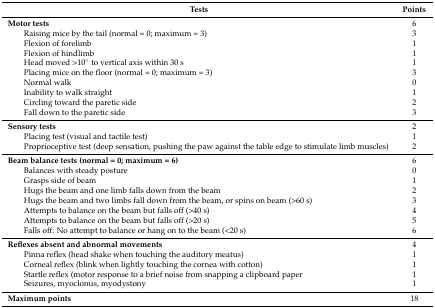
<table><thead><tr><td><b>Tests</b></td><td><b>Points</b></td></tr></thead><tbody><tr><td><b>Motor tests</b></td><td>6</td></tr><tr><td>Raising mice by the tail (normal = 0; maximum = 3)</td><td>3</td></tr><tr><td>Flexion of forelimb</td><td>1</td></tr><tr><td>Flexion of hindlimb</td><td>1</td></tr><tr><td>Head moved &gt;10° to vertical axis within 30 s</td><td>1</td></tr><tr><td>Placing mice on the floor (normal = 0; maximum = 3)</td><td>3</td></tr><tr><td>Normal walk</td><td>0</td></tr><tr><td>Inability to walk straight</td><td>1</td></tr><tr><td>Circling toward the paretic side</td><td>2</td></tr><tr><td>Fall down to the paretic side</td><td>3</td></tr><tr><td><b>Sensory tests</b></td><td>2</td></tr><tr><td>Placing test (visual and tactile test)</td><td>1</td></tr><tr><td>Proprioceptive test (deep sensation, pushing the paw against the table edge to stimulate limb muscles)</td><td>2</td></tr><tr><td><b>Beam balance tests (normal = 0; maximum = 6)</b></td><td>6</td></tr><tr><td>Balances with steady posture</td><td>0</td></tr><tr><td>Grasps side of beam</td><td>1</td></tr><tr><td>Hugs the beam and one limb falls down from the beam</td><td>2</td></tr><tr><td>Hugs the beam and two limbs fall down from the beam, or spins on beam (&gt;60 s)</td><td>3</td></tr><tr><td>Attempts to balance on the beam but falls off (&gt;40 s)</td><td>4</td></tr><tr><td>Attempts to balance on the beam but falls off (&gt;20 s)</td><td>5</td></tr><tr><td>Falls off: No attempt to balance or hang on to the beam (&lt;20 s)</td><td>6</td></tr><tr><td><b>Reflexes absent and abnormal movements</b></td><td>4</td></tr><tr><td>Pinna reflex (head shake when touching the auditory meatus)</td><td>1</td></tr><tr><td>Corneal reflex (blink when lightly touching the cornea with cotton)</td><td>1</td></tr><tr><td>Startle reflex (motor response to a brief noise from snapping a clipboard paper</td><td>1</td></tr><tr><td>Seizures, myoclonus, myodystony</td><td>1</td></tr><tr><td><b>Maximum points</b></td><td>18</td></tr></tbody></table>